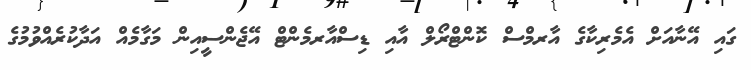
ގައި އޭނާއަށް އެމެރިކާގެ އާރމްސް ކޮންޓްރޯލް އާއި ޑިސްއާރމެންޓް އޭޖެންސީއިން މަގާމެއް އަދާކުރެއްވުމުގެ